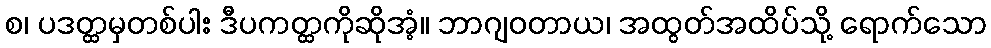
စ၊ ပဒတ္ထမှတစ်ပါး ဒီပကတ္ထကိုဆိုအံ့။ ဘာဂျဝတာယ၊ အထွတ်အထိပ်သို့ ရောက်သော